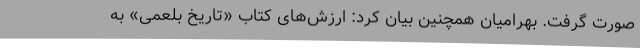
صورت گرفت. بهرامیان همچنین بیان کرد: ارزش‌های کتاب «تاریخ بلعمی» به